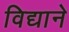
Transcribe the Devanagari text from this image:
विद्याने